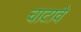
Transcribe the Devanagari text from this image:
चाटावे